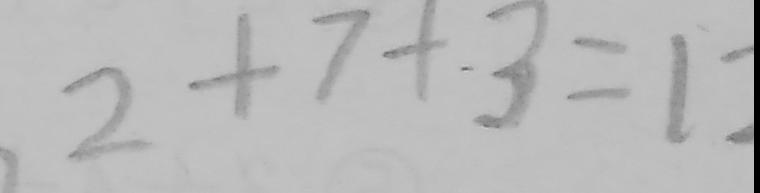
2 + 7 + 3 = 1